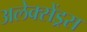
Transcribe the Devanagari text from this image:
अलेक्सेंड्रस